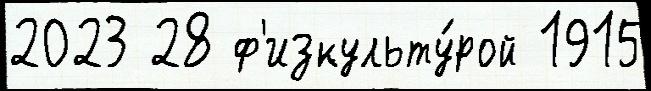
2023 28 ф'изкульту́рой 1915